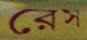
রেস